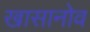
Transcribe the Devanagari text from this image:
खासानोव